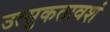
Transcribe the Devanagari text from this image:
उत्‍सुकतावशं